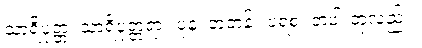
သာရိပုတ္တ၊ သာရိပုတ္တရာ။ ပုန၊ တဘန်။ ပရံစ၊ တပါးတုံလည်း။